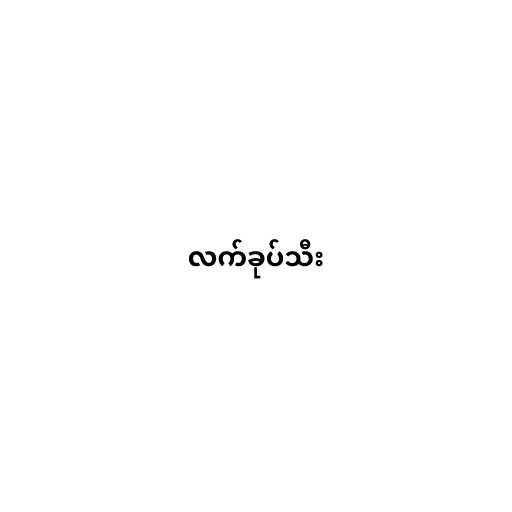
လက်ခုပ်သီး